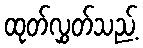
ထုတ်လွှတ်သည့်